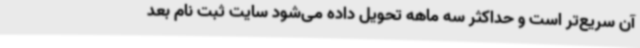
آن سریع‌تر است و حداکثر سه ماهه تحویل داده می‌شود سایت ثبت نام بعد